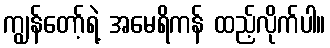
ကျွန်တော့်ရဲ့ အမေရိကန် ထည့်လိုက်ပါ။